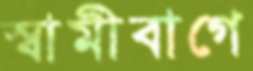
স্বামীবাগে